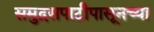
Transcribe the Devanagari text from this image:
समुद्रसपाटीपासूनच्या